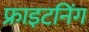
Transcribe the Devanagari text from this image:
फ्राइटनिंग